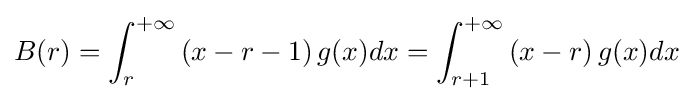
B(r)=\int _{r}^{+\infty }\left(x-r-1\right)g(x)dx=\int _{r+1}^{+\infty }\left(x-r\right)g(x)dx